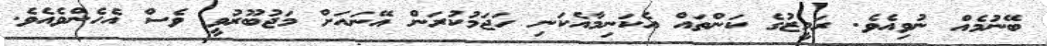
ބޭނުމެއް ނުވިއެވެ. ރަމީޒުގެ ކަންތައް އެކަނިމާއެކަނި ހަޖަމުކުރަން އޭނައަށް މަޖުބޫރުވީ ވެސް އެހެންވެއެވެ.